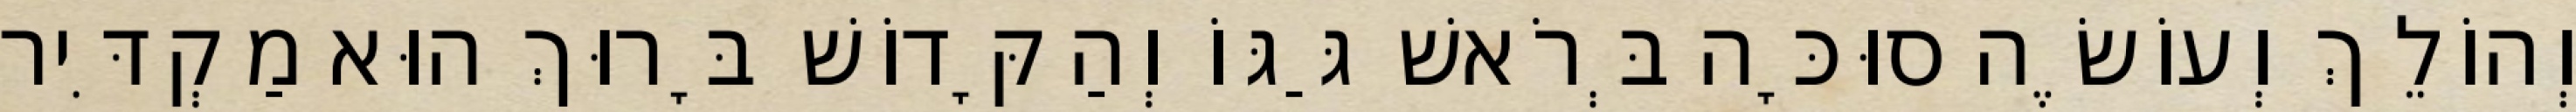
וְהוֹלֵךְ וְעוֹשֶׂה סוּכָּה בְּרֹאשׁ גַּגּוֹ וְהַקָּדוֹשׁ בָּרוּךְ הוּא מַקְדִּיר